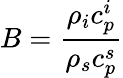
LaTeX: B=\displaystyle\frac{\rho_{i}c_{p}^{i}}{\rho_{s}c_{p}^{s}}